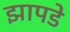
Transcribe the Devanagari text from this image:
झापडे